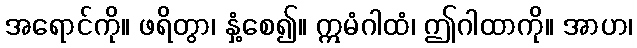
အရောင်ကို။ ဖရိတွာ၊ နှံ့စေ၍။ ဣမံဂါထံ၊ ဤဂါထာကို။ အာဟ၊